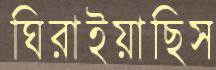
ঘিরাইয়াছিস